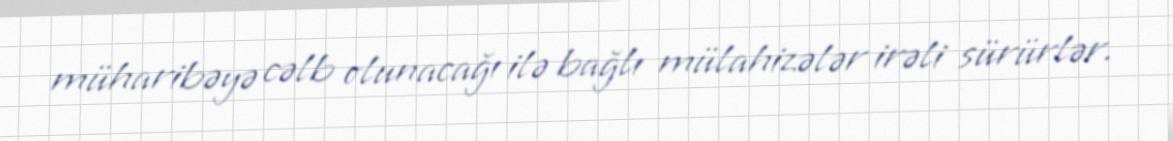
müharibəyə cəlb olunacağı ilə bağlı mülahizələr irəli sürürlər.